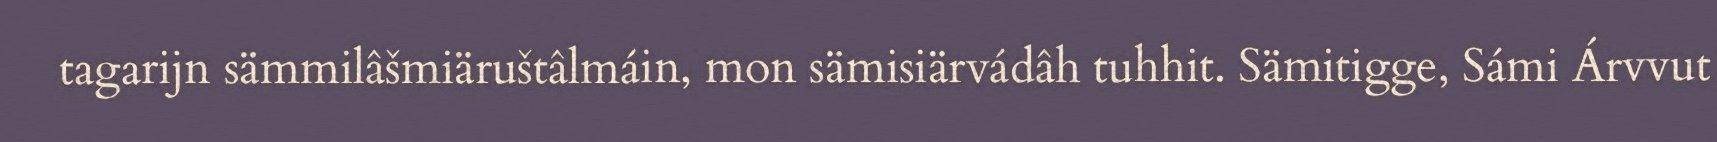
tagarijn sämmilâšmiäruštâlmáin, mon sämisiärvádâh tuhhit. Sämitigge, Sámi Árvvut